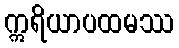
ဣရိယာပထမဿ